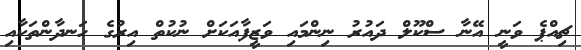
ޗިއްޕެ ވަނީ އޭނާ ސްކޫލް ދައުރު ނިންމައި ވަޒީފާއަކަށް ނުކުތް އިރުގެ ހަނދާންތަކާއި